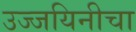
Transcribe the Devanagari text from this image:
उज्जयिनीचा